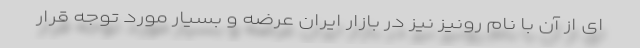
ای از آن با نام رونیز نیز در بازار ایران عرضه و بسیار مورد توجه قرار